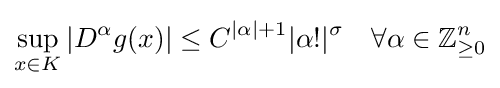
\sup _{x\in K}|D^{\alpha }g(x)|\leq C^{|\alpha |+1}|\alpha !|^{\sigma }\quad \forall \alpha \in \mathbb {Z} _{\geq 0}^{n}